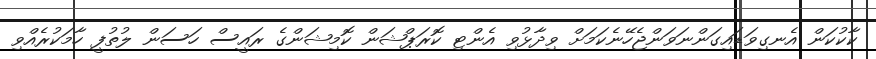
ކާކުކަން އެނގިވަޑައިގަންނަވަންޖެހޭނެކަމަށް ވިދާޅުވި އެންޓި ކޮރަޕްޝަން ކޮމިޝަންގެ ރައީސް ހަސަން ލުތުފީ ހާމަކުރެއްވި